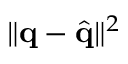
\| \mathbf { q } - \hat { \mathbf { q } } \| ^ { 2 }